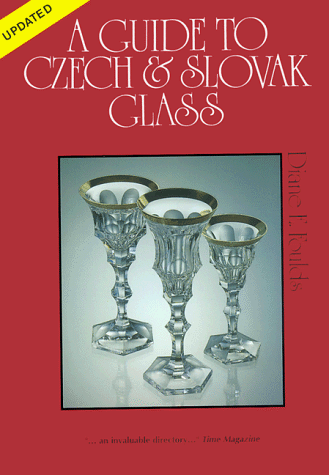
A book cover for A Guide to Czech & Slovak Glass; Diane E. Foulds; Travel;